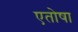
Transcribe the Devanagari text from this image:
एतोषा